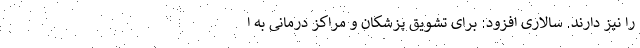
را نیز دارند. سالاری افزود: برای تشویق پزشکان و مراکز درمانی به ا